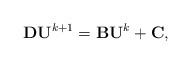
LaTeX: \begin{align*} {\bf D} {\bf U}^{k+1} = {\bf B} {\bf U}^{k} + {\bf C},\end{align*}